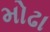
મોઢા